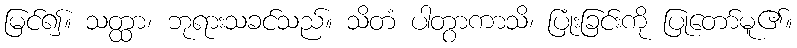
မြင်၍။ သတ္ထာ၊ ဘုရားသခင်သည်။ သိတံ ပါတွာကာသိ၊ ပြုံးခြင်းကို ပြုတော်မူ၏။